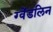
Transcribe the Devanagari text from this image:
ग्वेंडलिन